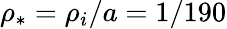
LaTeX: \rho_{*}=\rho_{i}/a=1/190